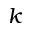
k